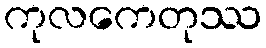
ကုလကေတုဿ